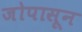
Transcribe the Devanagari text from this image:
जोपासून